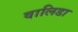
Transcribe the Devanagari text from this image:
वालिडा